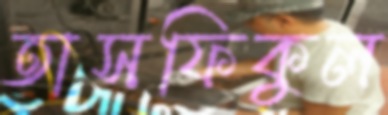
তাসফিকুল